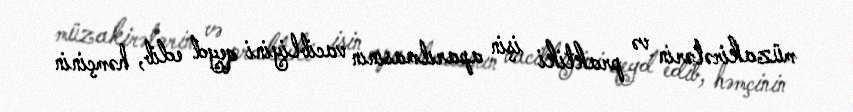
müzakirələrin və praktiki işin aparılmasının vacibliyini qeyd edib, həmçinin